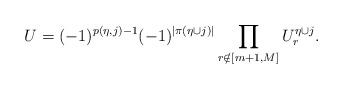
\begin{align*}U=(-1)^{p(\eta,j)-1}(-1)^{|\pi(\eta\cup j)|} \prod_{r \notin [m+1,M]}{U^{\eta \cup j}_{r}}.\end{align*}